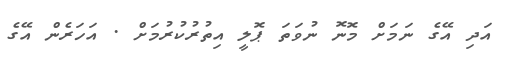
އަދި އޭގެ ނަމަށް މޮނޮ ނުވަތަ ޕޮލީ އިތުރުކުރުމަށް . އަހަރެން އޭގެ